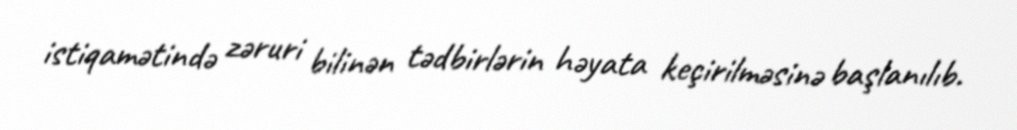
istiqamətində zəruri bilinən tədbirlərin həyata keçirilməsinə başlanılıb.